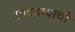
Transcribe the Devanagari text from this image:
सांप्रदायाची